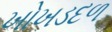
ખોખડદળ